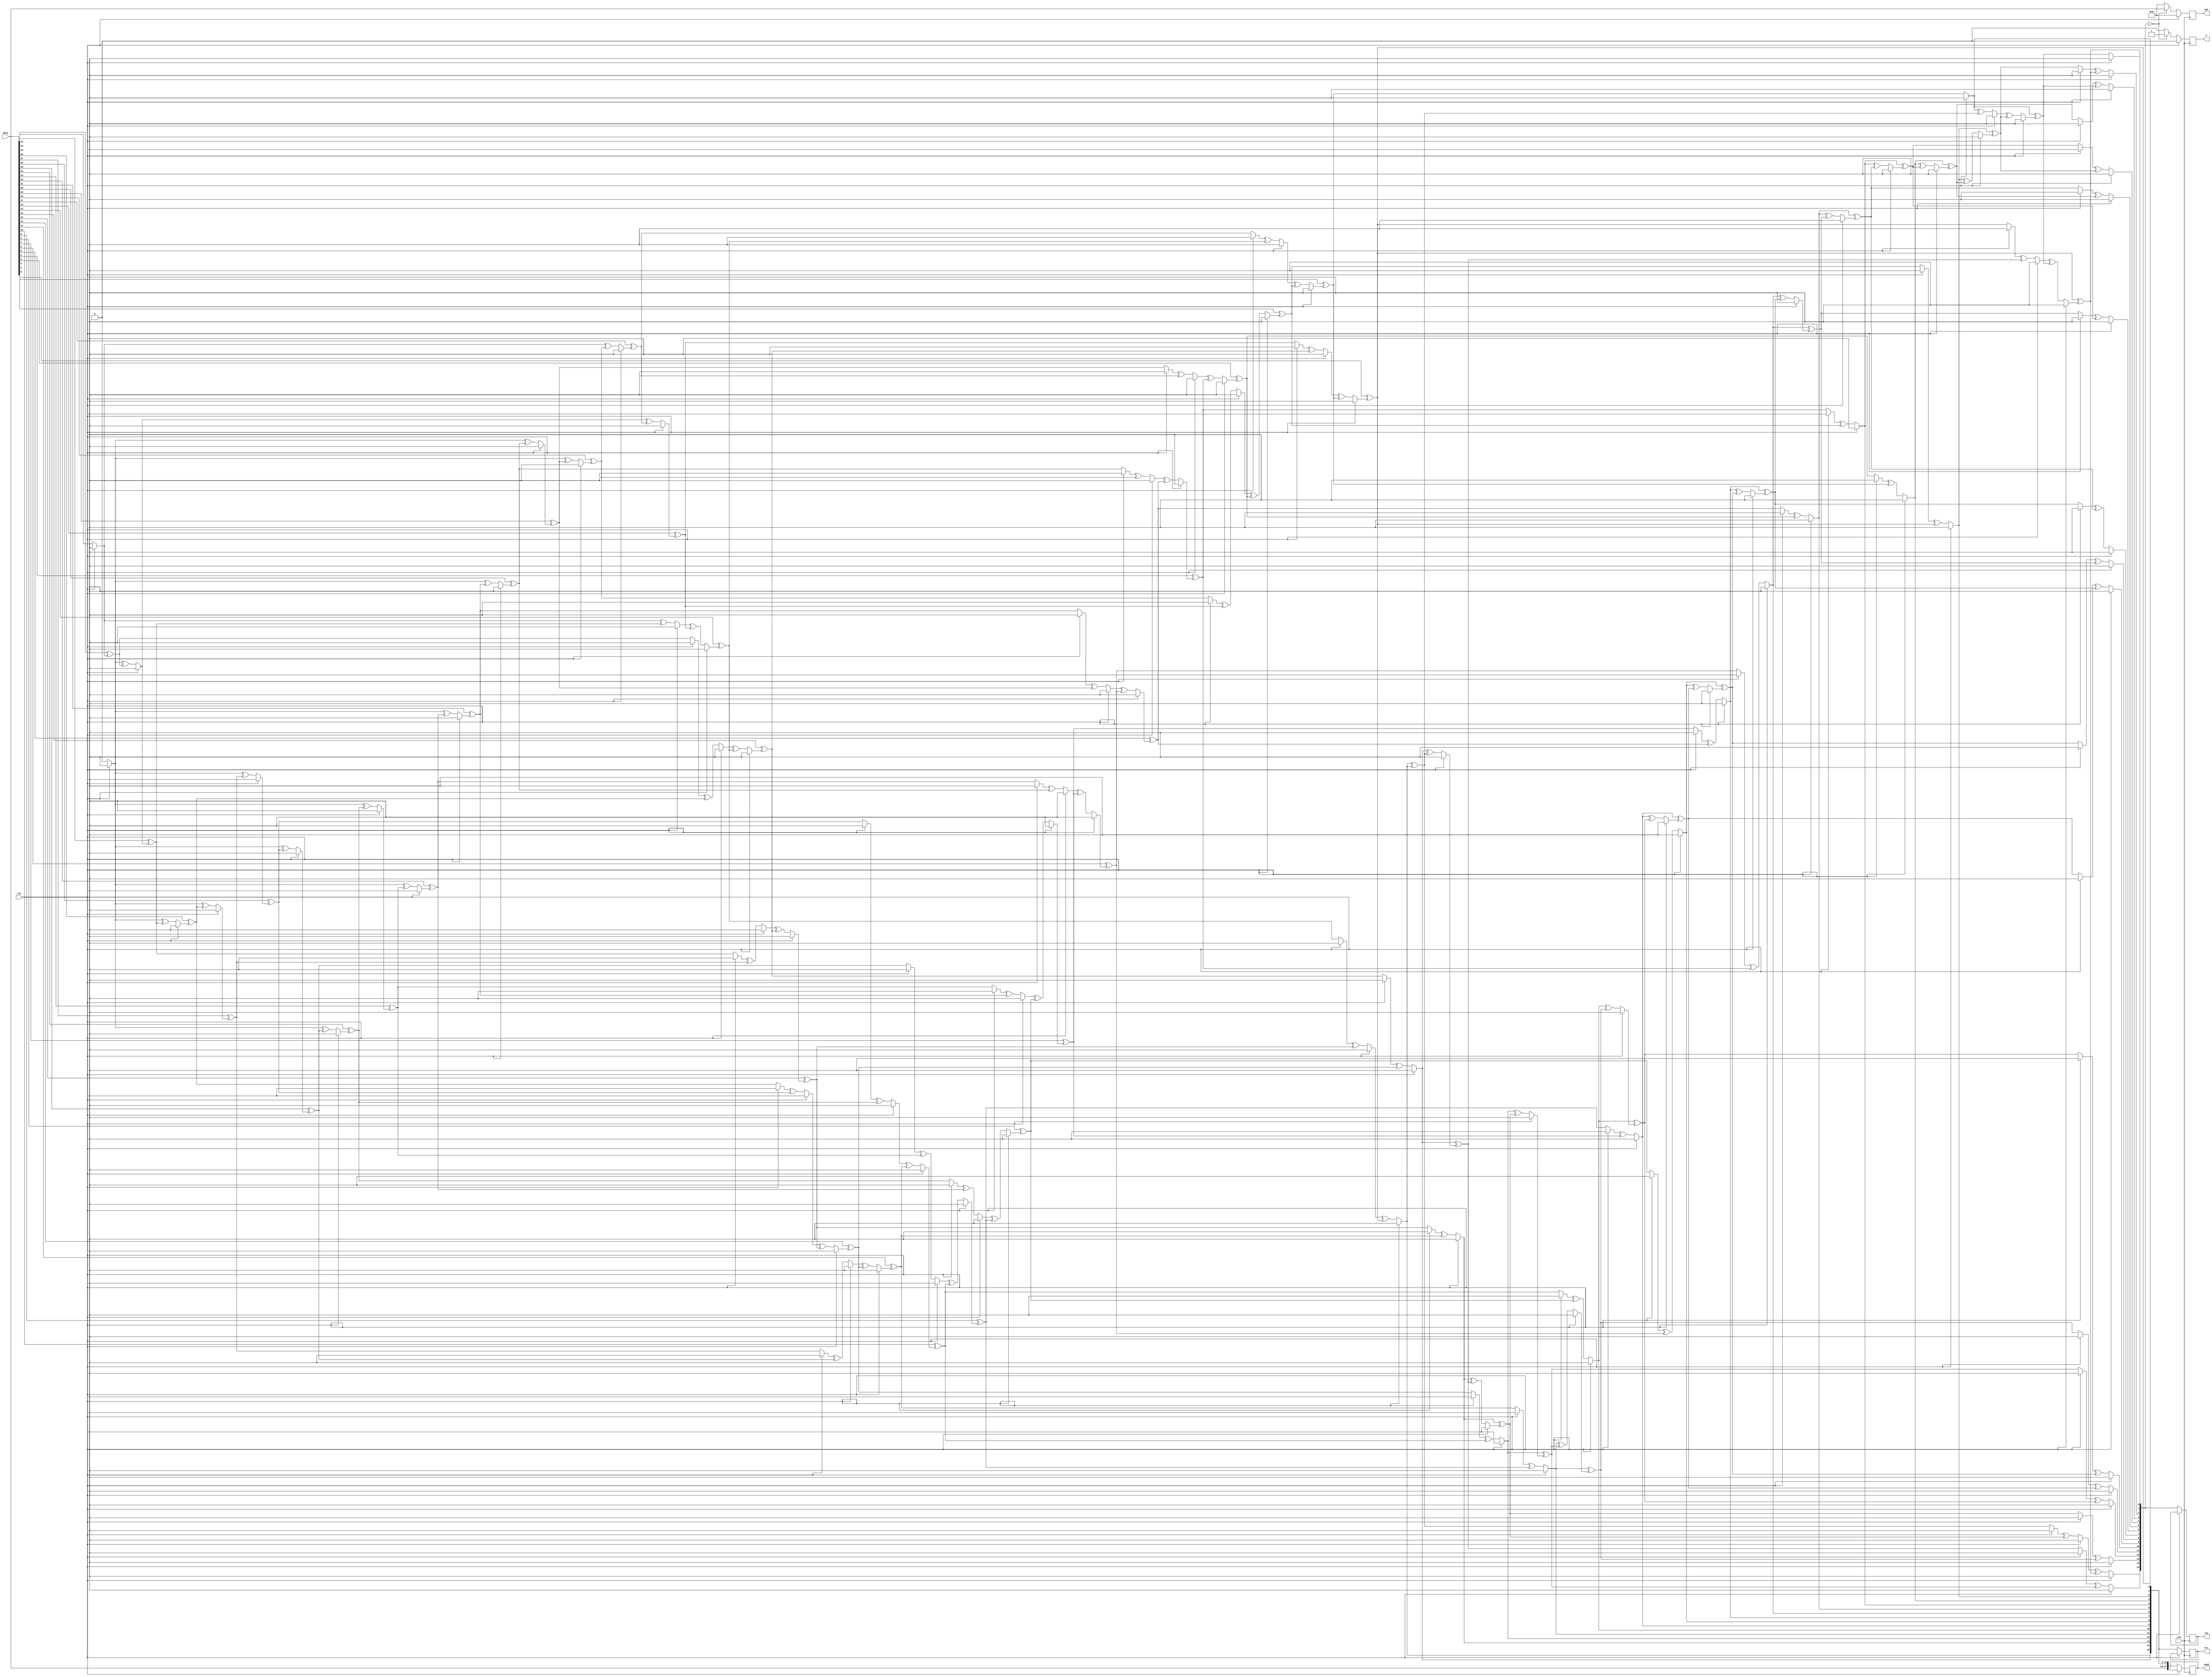
`timescale 1ns / 1ps
module crc1(input clk,
				input rst,
				input [31:0]data,
				output reg Y,
				output reg [31:0]out,
				output reg [47:0]send,
				output reg [15:0]crc,res
				);
	integer i,j;
	reg c;
	
	function [15:0]pad(input [15:0]a);
		begin
			for(j=15;j>0;j=j-1)
				begin
					if(j==15 || j==2) a[j]=a[j-1]^c;
					else a[j]=a[j-1];
				end
			a[0]=c;
			pad[15:0]=a[15:0];
		end
	endfunction

	function [47:0]sender(input [31:0]b,input [15:0]k);
		begin
			for(i=31;i>=0;i=i-1)
					begin
						c=b[i]^k[15];
						k[15:0]=pad(k[15:0]);
					end
			sender={b[31:0],k[15:0]};
		end
	endfunction
	
	function [15:0]receiver(input [47:0]m,input [15:0]n);
		begin
			for(i=47;i>=0;i=i-1)
					begin
						c=send[i]^res[15];
						res[15:0]=pad(res[15:0]);
					end
			receiver[15:0]=res[15:0];
		end
	endfunction
			
	always@(posedge clk)
		if(rst)
			begin
				Y=0;
				out=0;
			end
		else
			begin
				crc=0;
				send[47:0]=sender(data[31:0],crc[15:0]);
				crc[15:0]=send[15:0];
				res=0;
				res=receiver(send[47:0],res[15:0]);
				if(res[15:0]==0)
					begin
						Y=1;
						out[31:0]=send[47:16];
					end
				else
					begin
						Y=0;
						out=0;
					end
			end
endmodule